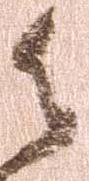
御